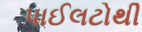
પાઈલટોથી